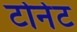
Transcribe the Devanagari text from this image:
टोनेट